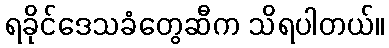
ရခိုင်ဒေသခံတွေဆီက သိရပါတယ်။